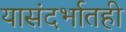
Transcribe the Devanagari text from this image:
यासंदर्भातही